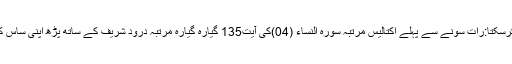
ساس نے میکے جانے پر پابندی لگادی، شوہر کہتے ہیں کہ میں اپنی ماں کی نافرمانی نہیں کرسکتا:رات سونے سے پہلے اکتالیس مرتبہ سورہ النساء (04)کی آیت135 گیارہ گیارہ مرتبہ درود شریف کے ساتھ پڑھ اپنی ساس کے لیے دعاکریں کہ انہیں آپ کےساتھ حسن سلوک اور رشتوں کی پاسداری کی توفیق عطا ہو۔